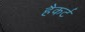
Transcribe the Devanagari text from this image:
हैकर्ट